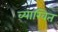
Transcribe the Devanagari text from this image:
व्याखित